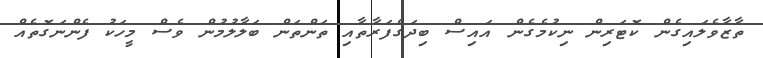
ތާޒާވެލައިގެން ކޮޓަރިން ނިކުމެގެން އައިސް ބިދަގެފަރާތާއި ތަންތަން ބަލާލުމުން ވެސް މީހަކު ފެންނަގޮތެއް